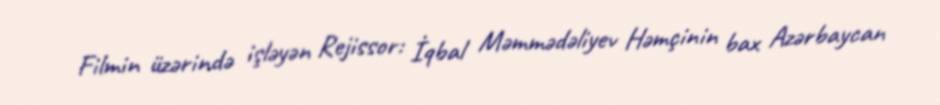
Filmin üzərində işləyən Rejissor: İqbal Məmmədəliyev Həmçinin bax Azərbaycan